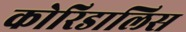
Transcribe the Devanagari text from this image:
कोरिडालिस